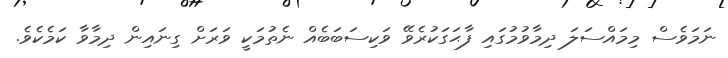
ނަމަވެސް މިމައްސަލަ ދިމާވުމުގައި ފާޙަގަކުރެވޭ ވަކިސަބަބެއް ނެތުމަކީ ވަރަށް ގިނައިން ދިމާވާ ކަމެކެވެ.